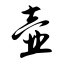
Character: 壶